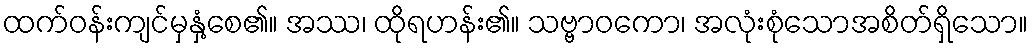
ထက်ဝန်းကျင်မှနှံ့စေ၏။ အဿ၊ ထိုရဟန်း၏။ သဗ္ဗာဝကော၊ အလုံးစုံသောအစိတ်ရှိသော။